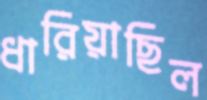
ধারিয়াছিল